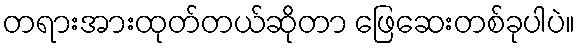
တရားအားထုတ်တယ်ဆိုတာ ဖြေဆေးတစ်ခုပါပဲ။